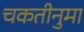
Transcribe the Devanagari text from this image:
चकतीनुमा